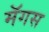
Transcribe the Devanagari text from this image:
मॅगस